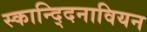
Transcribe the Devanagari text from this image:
स्कान्द्दिनावियन